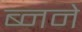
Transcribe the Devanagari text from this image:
ब्नने